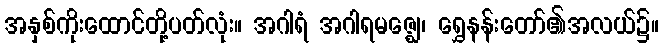
အနှစ်ကိုးထောင်တို့ပတ်လုံး။ အဂါရံ အဂါရမဇ္ဈေ၊ ရွှေနန်းတော်၏အလယ်၌။